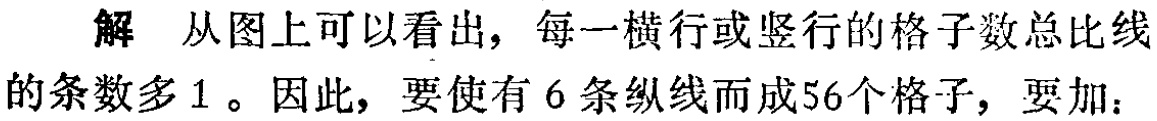
解 从图上可以看出，每一横行或竖行的格子数总比线的条数多 1 。因此，要使有 6 条纵线而成56个格子，要加：